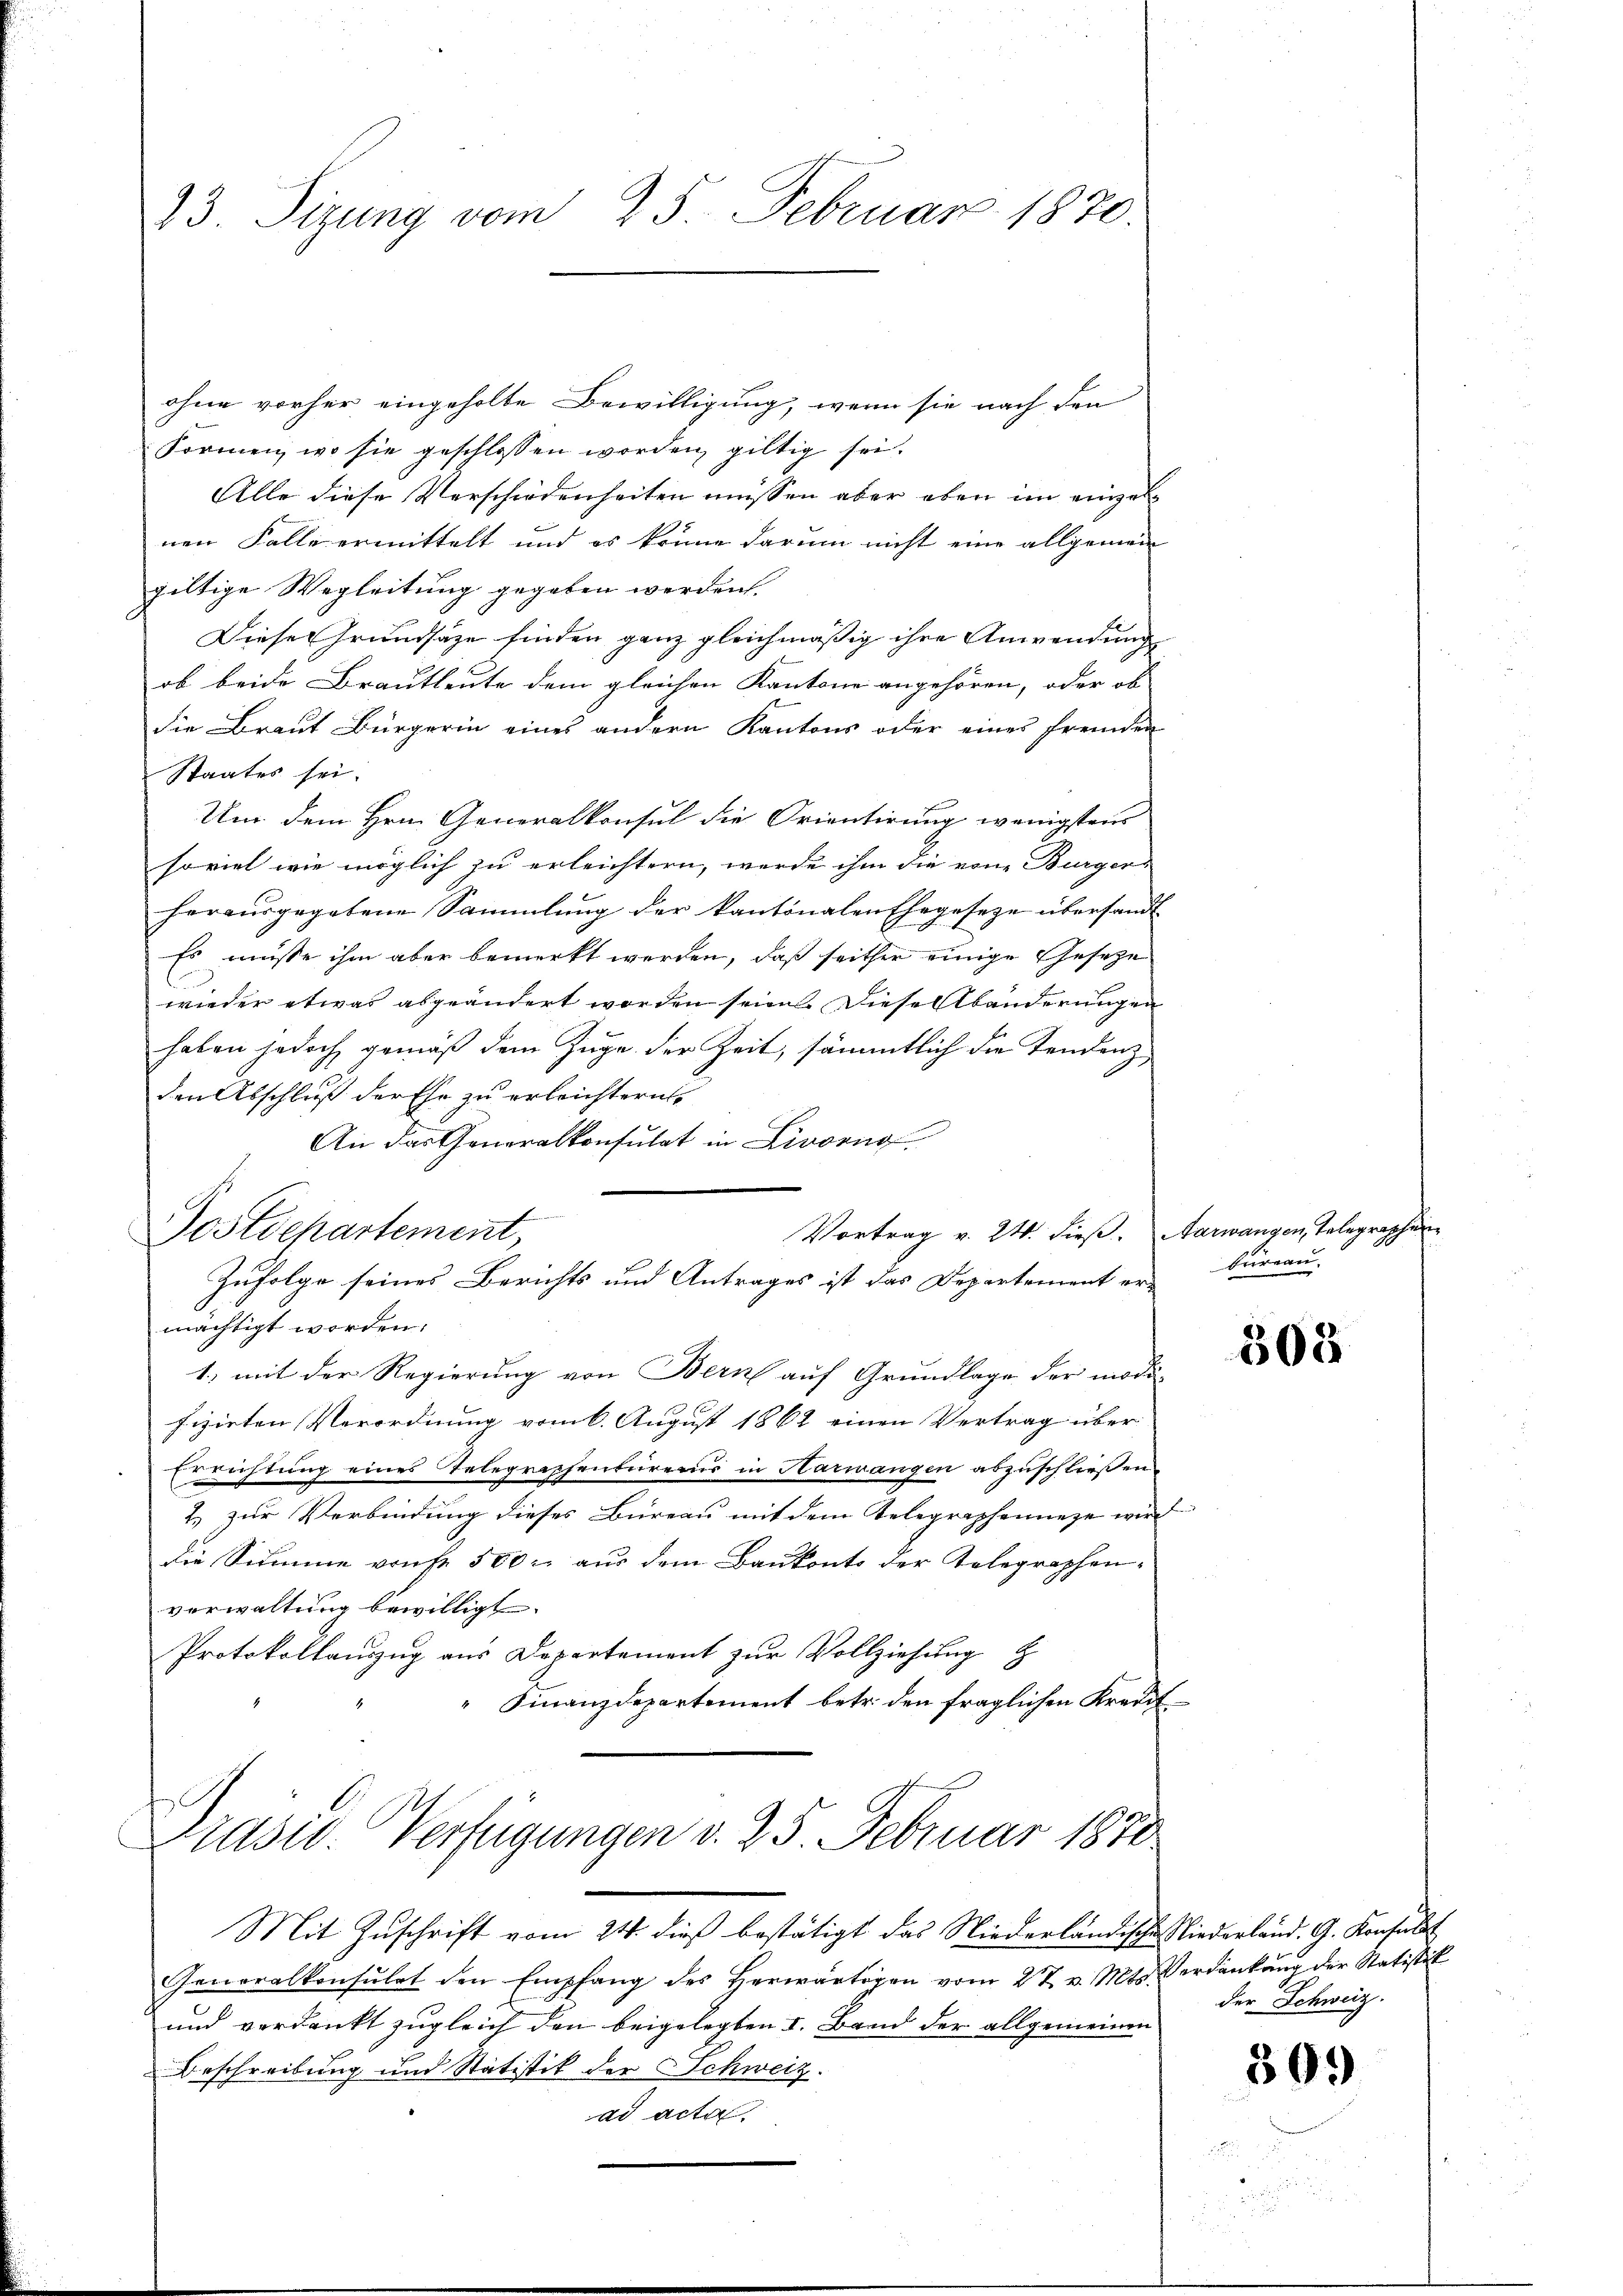
13. Sizung vom 25. Februar 1870.

ohne vorher eingeholte Bewilligung, wenn sie nach den
Formen, wo sie geschlossen worden, gültig sei.
Alle diese Verschiedenheiten müssen aber eben im einzelnen Falle ermittelt und es könne darum nicht eine allgemein
giltige Wegleitung gegeben werden.
Diese Grundsaze finden ganz gleichmäßig ihre Anwendung
ob beide Brautleute dem gleichen Kantone angehören, oder ob
die Braut Bürgerin eines andern Kantons oder eines fremden
Staates sei.
Um dem Hrn. Generalkonsul die Orientirung wenigstens
soviel wie möglich zu erleichtern, werde ihm die von Burger-
herausgegebene Sammlung der kantonalen Ehegeseze übersandt
Es müsse ihm aber bemerkt werden, daß seither einige Gesetze
wieder etwas abgeändert worden seien. Diese Abänderungen
haben jedoch gemäß dem Zuge der Zeit, sämmtlich die Tendenz
den Abschluß der Ehe zu erleichtern.
An das Generalkonsulat in Livorno
Vortrag v. 24. dieß. Aarwangen, Telegraphen-
Postdepartement,
Zufolge seines Berichts und Antrages ist das Departement er-
mächtigt worden.
1) mit der Regierung von Bern auf Grundlage der modifizirten Verordnung vom 6. August 1862 einen Vertrag über
Errichtung eines Telegraphenbureaus in Harmangen abzuschließen
2. zur Verbindung dieses Bureau mit dem Telegraphenneze wir
die Summe vorfe 500 r. aus dem Baukonto der Telegraphenverwaltung bewilligt.
Protokollauszug aus Departement zur Vollziehung z
Finanzdepartement betr. den fraglichen Kreut

Präser. Verfügungen v. 25. Februar 1870

Mit Zuschrift vom 24. dieß bestätigt das Niederländische Niederland. G. Konsulat
Generalkonsulat den Empfang des Herwärtigen vom 27. v. Mts. Verdankŭng der Statistik
und verdankt zugleich den beigelegten I. Band der allgemeinen
Beschreibung und Statistik der Schweiz.
ad acta

bureau.

und

508

der Schweiz.

309